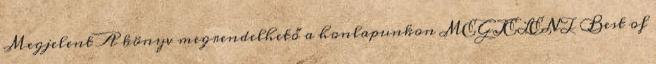
Megjelent A könyv megrendelhető a honlapunkon MEGJELENT Best of